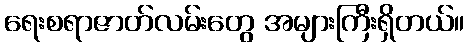
ရေးစရာဇာတ်လမ်းတွေ အများကြီးရှိတယ်။